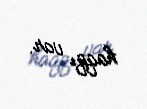
haqqı var.